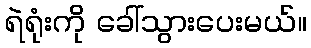
ရဲရုံးကို ခေါ်သွားပေးမယ်။